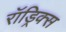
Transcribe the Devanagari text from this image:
रॉड्रिक्स